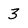
Character: 3